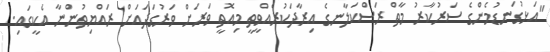
"އަޅުގަނޑުމެންގެ ސަރުކާރު މާތް ރަސްކަލާނގެ އިރާދަކުރެއްވީތީ މިއޮތީ ވަރަށް ވަރުގަދައަށް ރައްޔިތުންނާ އެކީގައި.